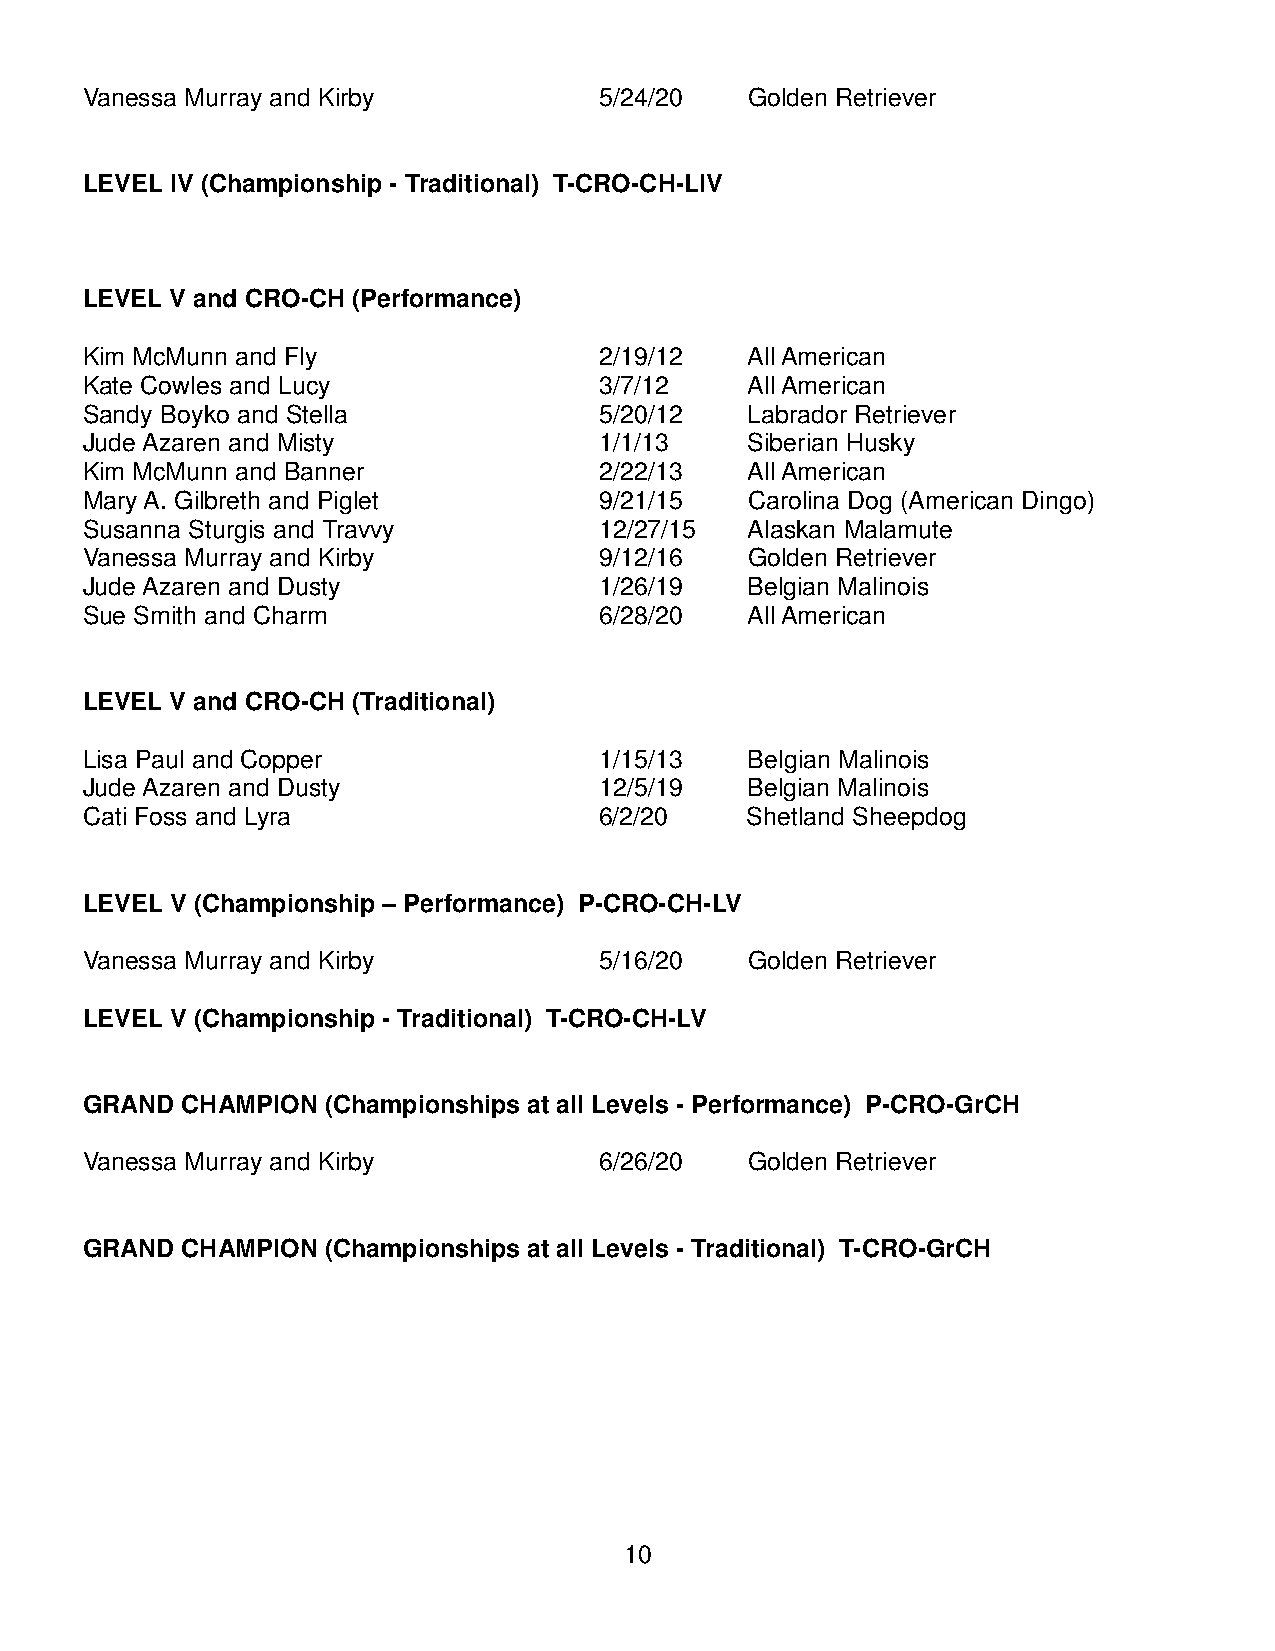
Vanessa Murray and Kirby           5/24/20  Golden Retriever
 LEVEL IV (Championship - Traditional) T-CRO-CH-LIV
 LEVEL V and CRO-CH (Performance)
 Kim McMunn and Fly                 2/19/12  All American
 Kate Cowles and Lucy               3/7/12   All American
 Sandy Boyko and Stella             5/20/12  Labrador Retriever
 Jude Azaren and Misty              1/1/13   Siberian Husky
 Kim McMunn and Banner              2/22/13  All American
 Mary A. Gilbreth and Piglet        9/21/15  Carolina Dog (American Dingo)
 Susanna Sturgis and Travvy         12/27/15 Alaskan Malamute
 Vanessa Murray and Kirby           9/12/16  Golden Retriever
 Jude Azaren and Dusty              1/26/19  Belgian Malinois
 Sue Smith and Charm                6/28/20  All American
 LEVEL V and CRO-CH (Traditional)
 Lisa Paul and Copper               1/15/13  Belgian Malinois
 Jude Azaren and Dusty              12/5/19  Belgian Malinois
 Cati Foss and Lyra                 6/2/20   Shetland Sheepdog
 LEVEL V (Championship – Performance) P-CRO-CH-LV
 Vanessa Murray and Kirby           5/16/20  Golden Retriever
 LEVEL V (Championship - Traditional) T-CRO-CH-LV
 GRAND  CHAMPION (Championships at all Levels - Performance) P-CRO-GrCH
 Vanessa Murray and Kirby           6/26/20  Golden Retriever
 GRAND  CHAMPION (Championships at all Levels - Traditional) T-CRO-GrCH
 10